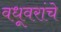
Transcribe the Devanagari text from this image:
वधूवरांचे